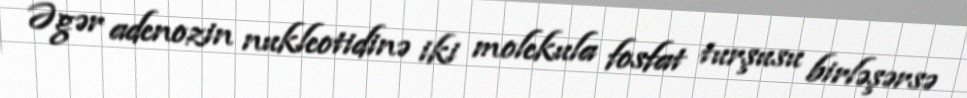
Əgər adenozin nukleotidinə iki molekula fosfat turşusu birləşərsə